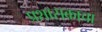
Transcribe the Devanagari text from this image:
प्रशासकाचा